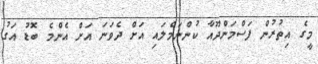
މީގެ އިތުރުން ފަސްމަންދޫއާ ކުންނަމެލައި އަށް ދެވަނަ އަށް އެންމެ ބޮޑު އަގު